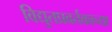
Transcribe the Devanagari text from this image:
विद्युतप्रवर्तकाच्या